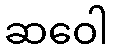
ဆဝေါ